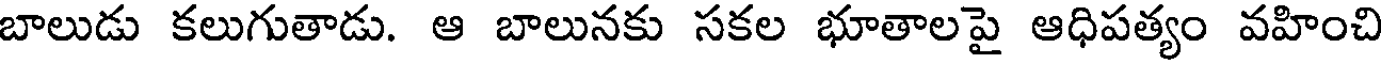
బాలుడు కలుగుతాడు. ఆ బాలునకు సకల భూతాలపై ఆధిపత్యం వహించి